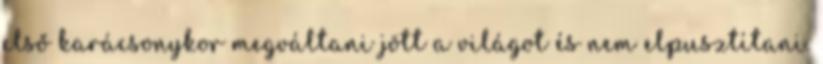
első karácsonykor megváltani jött a világot és nem elpusztítani.